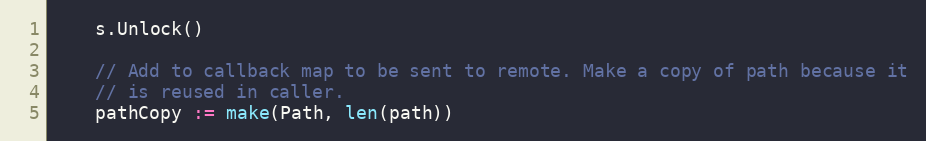
Language: Go
	s.Unlock()

	// Add to callback map to be sent to remote. Make a copy of path because it
	// is reused in caller.
	pathCopy := make(Path, len(path))